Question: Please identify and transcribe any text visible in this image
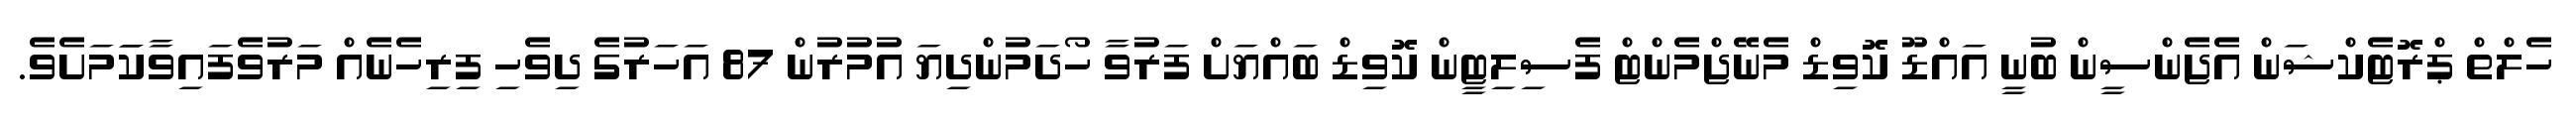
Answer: ހެލްތް ޕްރޮޓެކްޝަން އެޖެންސީން ބުނީ އައްޑޫ ކޮވިޑް މެނޭޖްމެންޓް ފެސިލިޓީން ކޮވިޑް ބައްޔަށް ފަރުވާ ހޯދަމުންދިޔަ އުމުރުން 87 އަހަރުގެ ދިވެހި ފިރިހެނެއް މަރުވެފައިވާކަަމަށެވެ.